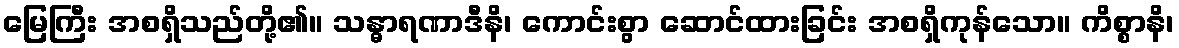
မြေကြီး အစရှိသည်တို့၏။ သန္ဓာရဏာဒီနိ၊ ကောင်းစွာ ဆောင်ထားခြင်း အစရှိကုန်သော။ ကိစ္စာနိ၊